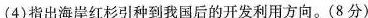
(4)指出海岸红杉引种到我国后的开发利用方向。(8分)